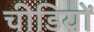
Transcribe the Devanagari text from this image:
चीडियों